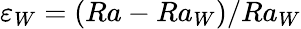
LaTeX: \varepsilon_{W}=(Ra-Ra_{W})/Ra_{W}